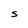
Character: S